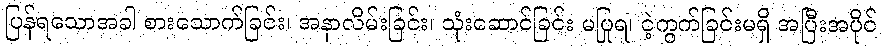
ပြန်ရသောအခါ စားသောက်ခြင်း၊ အနာလိမ်းခြင်း၊ သုံးဆောင်ခြင်း မပြုရ၊ ငဲ့ကွက်ခြင်းမရှိ အပြီးအပိုင်